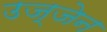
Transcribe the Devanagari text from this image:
उज्‍जेन